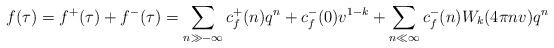
LaTeX: \begin{align*}f(\tau) = f^+(\tau)+f^-(\tau) = \sum_{n\gg-\infty} c_f^+(n)q^n + c_f^-(0)v^{1-k} +\sum_{n \ll \infty} c_f^-(n) W_k(4\pi n v) q^n\end{align*}